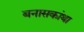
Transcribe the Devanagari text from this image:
बनासकांथा